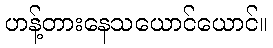
ဟန့်တားနေသယောင်ယောင်။